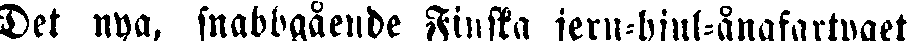
Det nya, snabbgående Finska jern-hjul-ångfartyget